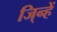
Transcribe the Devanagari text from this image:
जि्न्हें